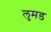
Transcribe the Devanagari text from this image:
लुमड